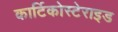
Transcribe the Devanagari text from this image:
कार्टिकोस्टेराइड